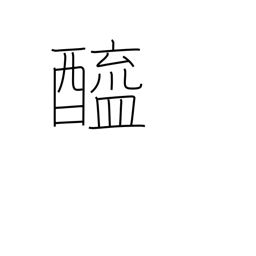
Meaning: vinegar